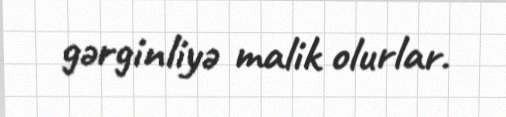
gərginliyə malik olurlar.